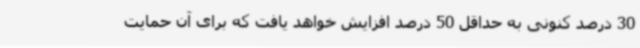
30 درصد کنونی به حداقل 50 درصد افزایش خواهد یافت که برای آن حمایت